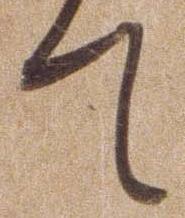
て